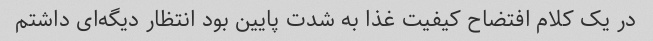
در یک کلام افتضاح کیفیت غذا به شدت پایین بود انتظار دیگه‌ای داشتم